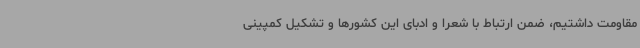
مقاومت داشتیم، ضمن ارتباط با شعرا و ادبای این کشورها و تشکیل کمپینی